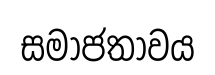
සමාජතාවය